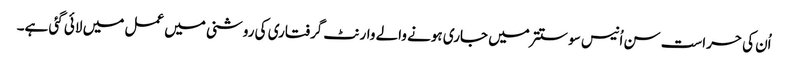
اُن کی حراست سن اُنیس سو ستتر میں جاری ہونے والے وارنٹ گرفتاری کی روشنی میں عمل میں لائی گئی ہے۔